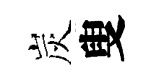
炭叟